Civil Veterinary Dept. Assam report 1927-50 - 1927-1950
Year: 1927
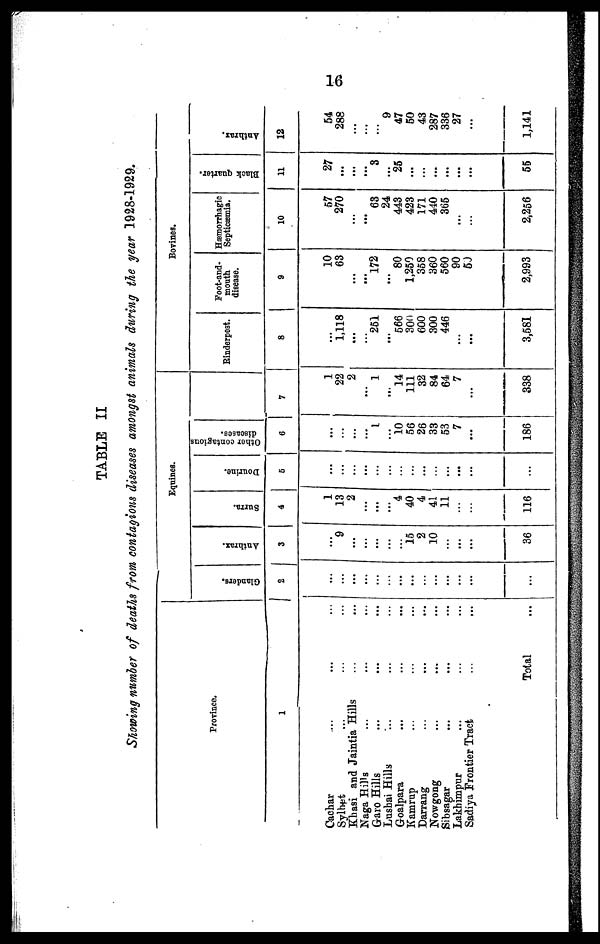
16
TABLE II
Showing number of deaths from contagious diseases amongst animals during the year 1928-1929.
Province.
1
Cachar ... ... ...
Sylhet ... ... ...
Khasi and Jaintia Hills ... ...
Naga Hills ... ... ...
Garo Hills ... ... ...
Lushai Hills ... ... ...
Goalpara ... ... ...
Kamrup ... ... ...
Darrang ... ... ...
Nowgong ... ... ...
Sibsagar ... ... ...
Lakhimpur ... ... ..
Sadiya Frontier Tract ... ... ...
Total ...
Equines.
Glanders.
2
...
...
...
...
...
...
...
...
...
...
...
...
...
...
Anthrax.
3
...
9
...
...
...
...
...
15
2
10
...
...
...
36
Surra.
4
1
13
2
...
...
...
4
40
4
41
11
...
...
116
Dourine.
5
...
...
...
...
...
...
...
...
...
...
...
...
...
...
Othor contagious
diseases.
6
...
...
...
...
1
...
10
56
26
33
53
7
...
186
7
1
22
2
...
1
...
14
111
32
84
64
7
...
338
Bovines.
Rinderpest.
8
...
1,118
...
...
251
...
566
300
600
300
446
...
...
3,581
Foot-and-
mouth
disease.
9
10
63
...
...
172
...
80
1,250
358
360
560
90
50
2,993
Hæmorrhagic
Septicæmia.
10
57
270
...
...
63
24
443
423
171
440
365
...
...
2,256
Black quarter.
11
27
...
...
...
3
...
25
...
...
...
...
...
...
55
Anthrax.
12
54
288
...
9
47
50
43
287
336
27
...
1,141